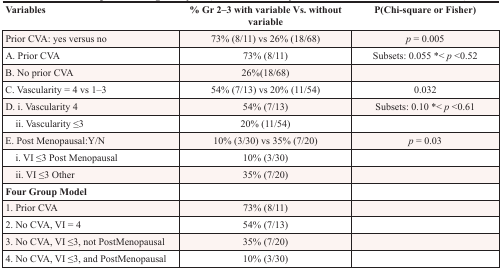
<table><thead><tr><td><b>Variables</b></td><td><b>% Gr 2–3 with variable Vs. without variable</b></td><td><b>P(Chi-square or Fisher)</b></td></tr></thead><tbody><tr><td>Prior CVA: yes versus no</td><td>73% (8/11) vs 26% (18/68)</td><td><i>p</i> = 0.005</td></tr><tr><td>A. Prior CVA</td><td>73% (8/11)</td><td>Subsets: 0.055 *&lt; <i>p</i> &lt;0.52</td></tr><tr><td>B. No prior CVA</td><td>26%(18/68)</td><td></td></tr><tr><td>C. Vascularity = 4 vs 1–3</td><td>54% (7/13) vs 20% (11/54)</td><td>0.032</td></tr><tr><td>D. i. Vascularity 4</td><td>54% (7/13)</td><td>Subsets: 0.10 *&lt; <i>p</i> &lt;0.61</td></tr><tr><td> ii. Vascularity ≤3</td><td>20% (11/54)</td><td></td></tr><tr><td>E. Post Menopausal:Y/N</td><td>10% (3/30) vs 35% (7/20)</td><td><i>p</i> = 0.03</td></tr><tr><td> i. VI ≤3 Post Menopausal</td><td>10% (3/30)</td><td></td></tr><tr><td> ii. VI ≤3 Other</td><td>35% (7/20)</td><td></td></tr><tr><td><b>Four Group Model</b></td><td></td><td></td></tr><tr><td>1. Prior CVA</td><td>73% (8/11)</td><td></td></tr><tr><td>2. No CVA, VI = 4</td><td>54% (7/13)</td><td></td></tr><tr><td>3. No CVA, VI ≤3, not PostMenopausal</td><td>35% (7/20)</td><td></td></tr><tr><td>4. No CVA, VI ≤3, and PostMenopausal</td><td>10% (3/30)</td><td></td></tr></tbody></table>